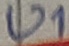
Text: U1